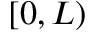
[ 0 , L )